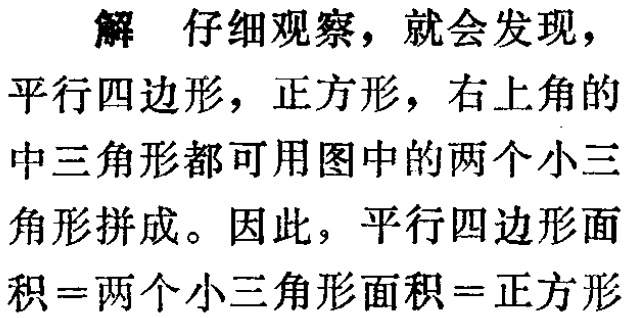
解 仔细观察，就会发现，
平行四边形，正方形，右上角的
中三角形都可用图中的两个小三
角形拼成。因此，平行四边形面
积=两个小三角形面积=正方形